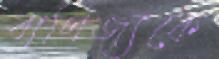
বাণিজ্যকে